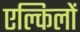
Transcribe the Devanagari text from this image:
एल्किलों